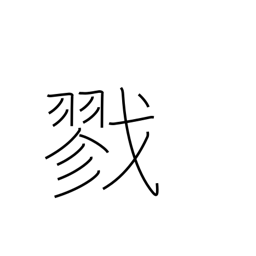
Meaning: kill